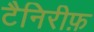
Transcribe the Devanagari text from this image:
टैनिरीफ़